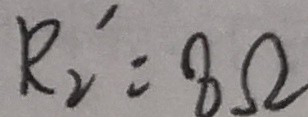
R _ { 2 } ^ { \prime } = 8 \Omega